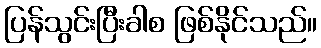
ပြန်သွင်းပြီးခါစ ဖြစ်နိုင်သည်။